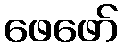
ဖေဖော်